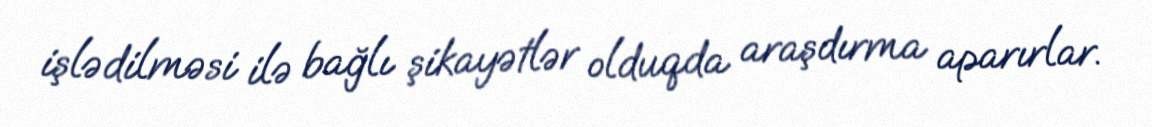
işlədilməsi ilə bağlı şikayətlər olduqda araşdırma aparırlar.